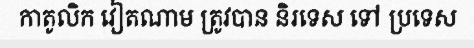
កាតូលិក វៀតណាម ត្រូវបាន និរទេស ទៅ ប្រទេស